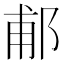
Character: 郙